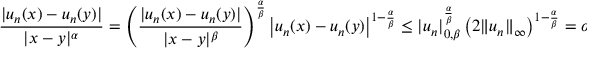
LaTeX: { \frac { | u _ { n } ( x ) - u _ { n } ( y ) | } { | x - y | ^ { \alpha } } } = \left( { \frac { | u _ { n } ( x ) - u _ { n } ( y ) | } { | x - y | ^ { \beta } } } \right) ^ { \frac { \alpha } { \beta } } \left| u _ { n } ( x ) - u _ { n } ( y ) \right| ^ { 1 - { \frac { \alpha } { \beta } } } \leq | u _ { n } | _ { 0 , \beta } ^ { \frac { \alpha } { \beta } } \left( 2 \| u _ { n } \| _ { \infty } \right) ^ { 1 - { \frac { \alpha } { \beta } } } = o ( 1 ) .